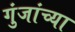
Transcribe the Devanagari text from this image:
गुंजांच्या